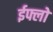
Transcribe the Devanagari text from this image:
ईफ्लो